Vaccination in the Punjab 1883-1896 - 1883-1896
Year: 1883
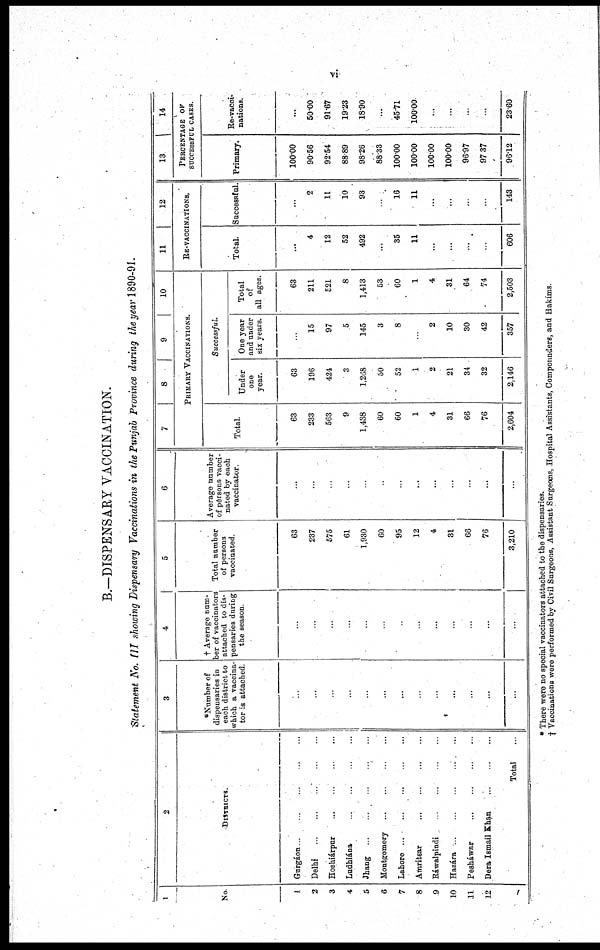
vi
B.—DISPENSARY VACCINATION.
Statement No. III showing Dispensary Vaccinations in the Punjab Province during the year 1890-91.
1
No
1
2
3
4
5
6
7
8
9
10
11
12
2
DISTRICTS.
Gurgáon
...
...
...
...
...
Delhi
...
...
...
...
...
Hoshiárpur
...
...
...
...
...
Ludhiána ... ... ... ... ...
Jhang
...
...
...
...
...
Montgomery
...
...
...
...
...
Lahore ... ... ... ... ...
Amritsar
...
...
...
...
...
Ráwalpindi ... ... ... ... ...
Hazára
...
...
...
...
...
Pesháwar
...
...
...
...
...
Dera Ismail Khan ... ... ... ... ...
Total ...
3
*Number of
dispensaries in
each district to
which a vaccina-
tor is attached
...
...
...
...
...
...
...
...
...
...
...
...
...
4
† Average num-
ber of vaccinators
attached to dis-
pensaries during
the season.
...
...
...
...
...
...
...
...
...
...
...
...
...
5
Total number
of persons
vaccinated.
63
237
575
61
1,930
60
95
12
4
31
66
76
3,210
6
Average number
of persons vacci-
nated by each
vaccinator.
...
...
...
...
...
...
...
...
...
...
...
...
...
7
8
9
10
PRIMARY VACCINATIONS.
Total.
63
233
563
9
1,438
60
60
1
4
31
66
76
2,604
Under
one
year.
63
196
424
3
1,268
50
52
1
2
21
34
32
2,146
Successful.
One year
and under
six years.
...
15
97
5
145
3
8
...
2
10
30
42
357
Total
of
all ages.
63
211
521
8
1,413
53
60
1
4
31
64
74
2,503
11
12
RE-VACCINATIONS.
Total.
...
4
12
52
492
...
35
11
...
...
...
...
606
Successful.
...
2
11
10
93
...
16
11
...
...
...
...
143
13
14
PERCENTAGE OF
SUCCESSFUL CASES.
Primary.
100.00
90.56
92.54
88.89
98.26
88.33
100.00
100.00
100.00
100.00
96.97
97.37
96.12
Re-vacci-
nations.
...
50.00
91.67
19.23
18.90
...
45.71
100.00
...
...
...
...
23.60
* There were no special vaccinators attached to the dispensaries.
† Vaccinations were performed by Civil Surgeons, Assistant Surgeons, Hospital Assistants, Compounders, and Hakíms.